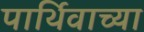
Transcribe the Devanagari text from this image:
पार्थिवाच्या